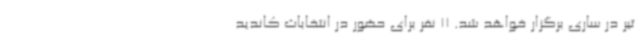
تیر در ساری برگزار خواهد شد. 11 نفر برای حضور در انتخابات کاندید